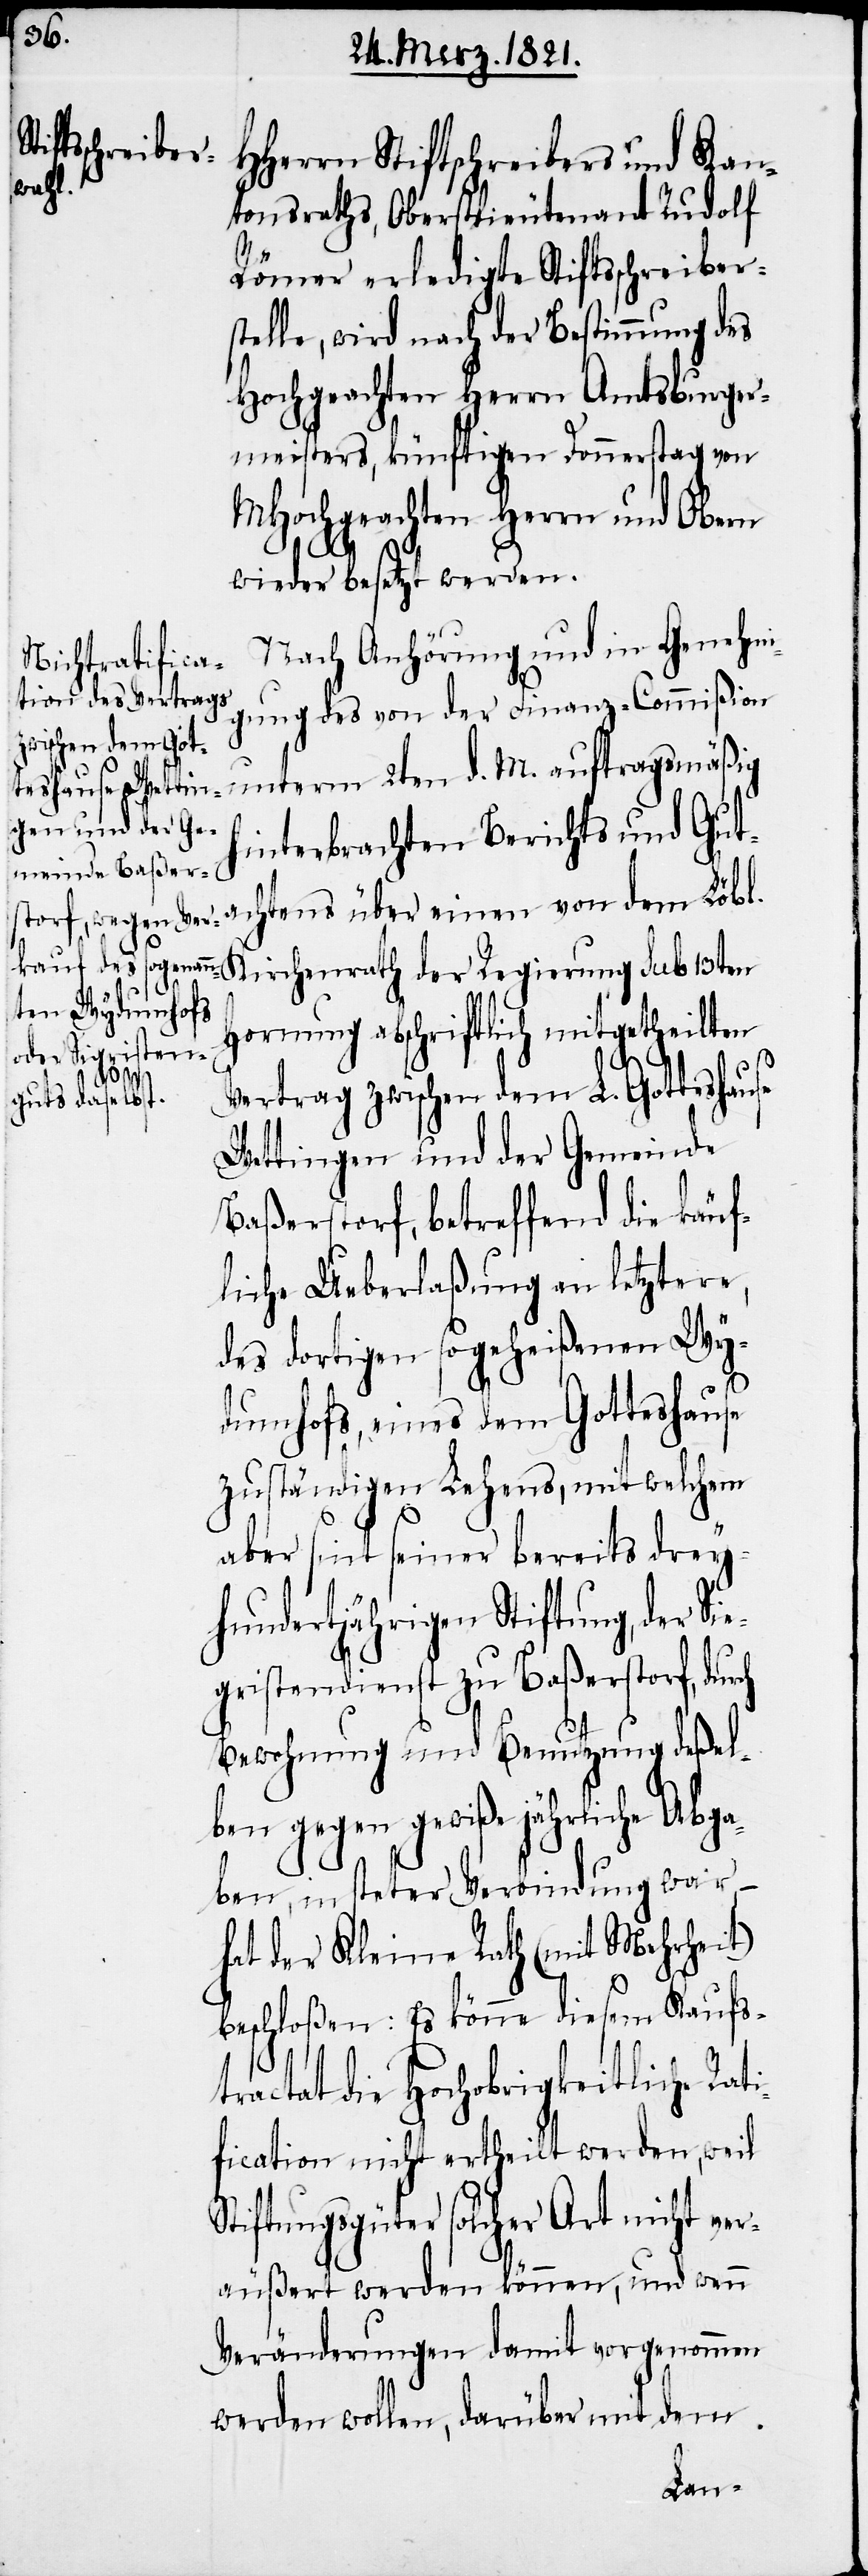
Herrn Stiftschreibers und Kan¬
tonsraths, Oberstlieutenant Rudolf
Römer erledigte Stiftsschreibers¬
telle, wird nach der Bestimmung des
Hochgeachten Herrn Amtsbürger¬
meisters, künftigen Donnerstag von
MHochgeachten Herrn und Obern
wieder besetz werden.
Nach Anhörung und in Genehmi¬
gung des von der Finanz-Commißion
unterm 2ten d. M. auftragsmäßig
hinterbrachten Berichts und Guta¬
chtens über einen von dem Löbl.
der Regierung sub
Hornung abschriftlich mitgetheilten
Vertrag zwischen dem L. Gotteshause
Wettingen und der Gemeinde
Baßerstorf, betreffend die käuf¬
liche Ueberlaßung an letztere,
des dortigen sogeheißenen Wy¬
ch
dumhofs, eines dem Gotteshause
zuständigen Lehens, mit welchem
aber seit seiner bereits dre¬
yhundertjährigen Stiftung, der S¬
igristendienst zu Baßerstorf, dur¬
Bewohnung und Benutzung deßel¬
ben gegen gewiße jährliche Abga¬
ben, in steter Verbindung war,
hat der Kleine Rath (mit Mehrheit)
beschloßen: Es könne diesem Kaufs¬
tractat die Hochobrigkeitliche Rat¬
ification nicht ertheilt werden, weil
Stiftungsgüter solcher Art nicht ver¬
äußert werden können, und wenn
Veränderungen damit vorgenommen
werden, darüber mit dem